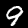
Label: 9